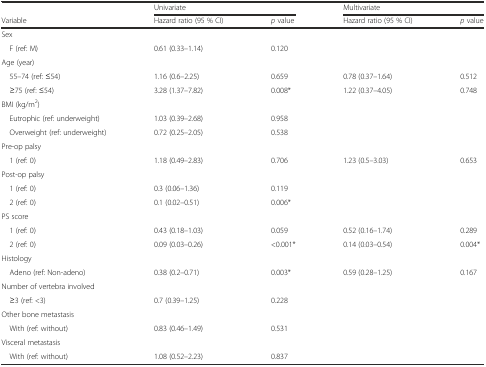
|  | <COLSPAN=2> Univariate | <COLSPAN=2> Multivariate |
 | Variable | Hazard ratio (95 % CI) | p value | Hazard ratio (95 % CI) | p value |
 | --- | --- | --- | --- | --- |
 | Sex |  |  |  |  |
 | F (ref: M) | 0.61 (0.33–1.14) | 0.120 |  |  |
 | Age (year) |  |  |  |  |
 | 55–74 (ref: ≤54) | 1.16 (0.6–2.25) | 0.659 | 0.78 (0.37–1.64) | 0.512 |
 | ≥75 (ref: ≤54) | 3.28 (1.37–7.82) | 0.008* | 1.22 (0.37–4.05) | 0.748 |
 | BMI (kg/m2) |  |  |  |  |
 | Eutrophic (ref: underweight) | 1.03 (0.39–2.68) | 0.958 |  |  |
 | Overweight (ref: underweight) | 0.72 (0.25–2.05) | 0.538 |  |  |
 | Pre-op palsy |  |  |  |  |
 | 1 (ref: 0) | 1.18 (0.49–2.83) | 0.706 | 1.23 (0.5–3.03) | 0.653 |
 | Post-op palsy |  |  |  |  |
 | 1 (ref: 0) | 0.3 (0.06–1.36) | 0.119 |  |  |
 | 2 (ref: 0) | 0.1 (0.02–0.51) | 0.006* |  |  |
 | PS score |  |  |  |  |
 | 1 (ref: 0) | 0.43 (0.18–1.03) | 0.059 | 0.52 (0.16–1.74) | 0.289 |
 | 2 (ref: 0) | 0.09 (0.03–0.26) | <0.001* | 0.14 (0.03–0.54) | 0.004* |
 | Histology |  |  |  |  |
 | Adeno (ref: Non-adeno) | 0.38 (0.2–0.71) | 0.003* | 0.59 (0.28–1.25) | 0.167 |
 | Number of vertebra involved |  |  |  |  |
 | ≥3 (ref: <3) | 0.7 (0.39–1.25) | 0.228 |  |  |
 | Other bone metastasis |  |  |  |  |
 | With (ref: without) | 0.83 (0.46–1.49) | 0.531 |  |  |
 | Visceral metastasis |  |  |  |  |
 | With (ref: without) | 1.08 (0.52–2.23) | 0.837 |  |  |